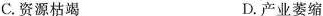
C.资源枯竭 D.产业萎缩